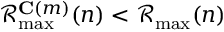
\mathcal { R } _ { \operatorname* { m a x } } ^ { \mathbf { C } ( m ) } ( n ) < \mathcal { R } _ { \operatorname* { m a x } } ( n )